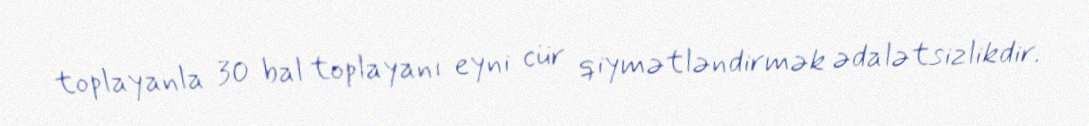
toplayanla 30 bal toplayanı eyni cür qiymətləndirmək ədalətsizlikdir.